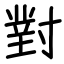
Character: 對